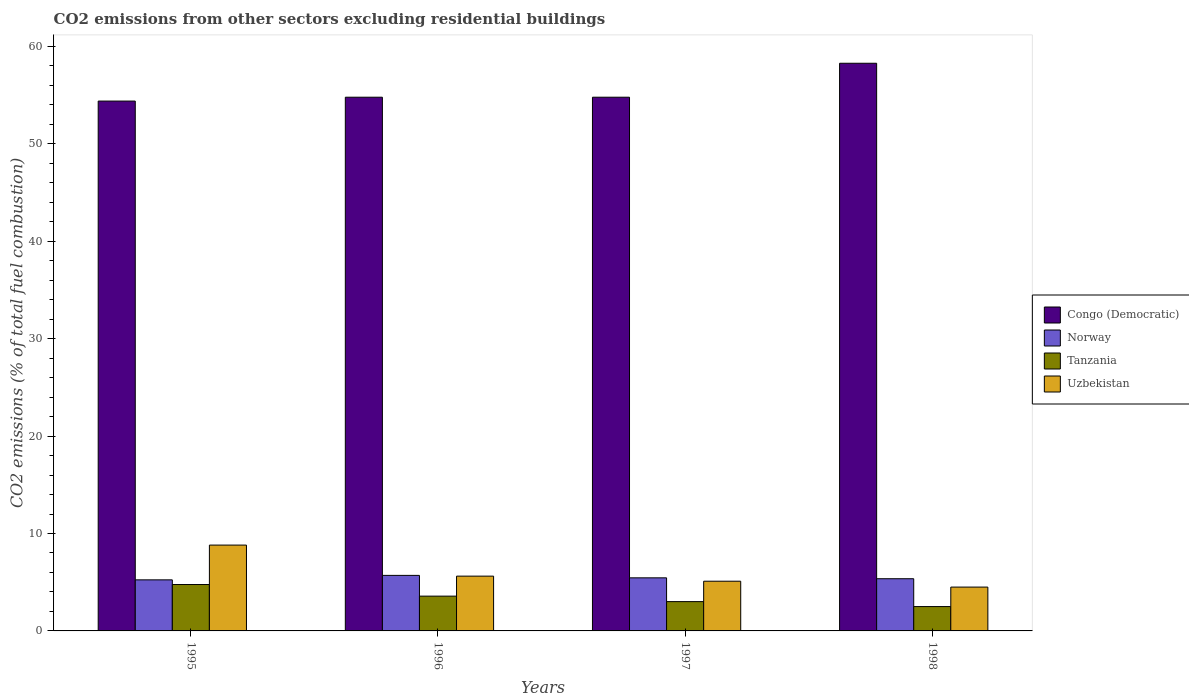
| Years | Congo (Democratic) | Norway | Tanzania | Uzbekistan |
 | --- | --- | --- | --- | --- |
 | 1995 | 54.4 | 5.24 | 4.76 | 8.81 |
 | 1996 | 54.8 | 5.7 | 3.57 | 5.62 |
 | 1997 | 54.8 | 5.45 | 3.01 | 5.1 |
 | 1998 | 58.3 | 5.36 | 2.5 | 4.5 |